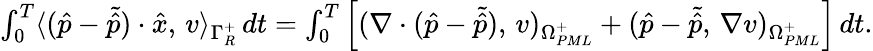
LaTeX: \begin{array}{r}{\int_{0}^{T}\langle(\hat{p}-\tilde{\hat{p}})\cdot\hat{x},\, v\rangle_{\Gamma_{R}^{+}}\, dt=\int_{0}^{T}\Big[(\nabla\cdot(\hat{p}-\tilde{\hat{p}}),\, v)_{\Omega_{PML}^{+}}+(\hat{p}-\tilde{\hat{p}},\, \nabla v)_{\Omega_{PML}^{+}}\Big]\, dt.}\end{array}